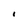
Character: I